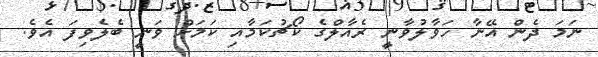
ނަމަ ދެން އޭނާ ހަވާލުވާނީ ރެއާލްގެ ކޯޗުކަމާއި ކަމަށް ވަނީ ބެލެވިފަ އެވެ.